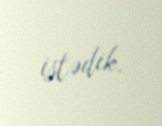
istədik.